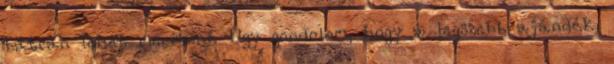
bátran lehet meríteni. Úgy gondolom, hogy a legszebb ajándék,